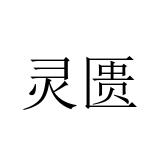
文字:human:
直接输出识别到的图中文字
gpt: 灵匮